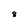
Character: 8